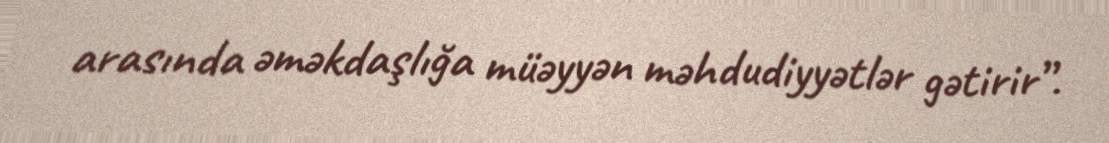
arasında əməkdaşlığa müəyyən məhdudiyyətlər gətirir”.